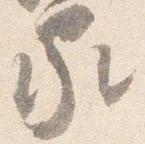
家